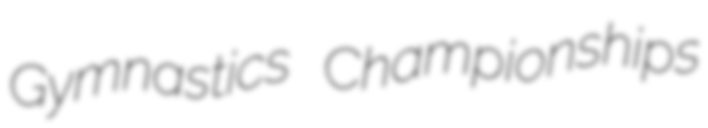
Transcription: Gymnastics Championships